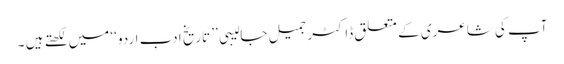
آپ کی شاعری کے متعلق ڈاکٹر جمیل جالیبی ’’ تاریخ ادبِ اردو ‘‘ میں لکھتے ہیں ۔